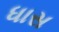
ધાસ